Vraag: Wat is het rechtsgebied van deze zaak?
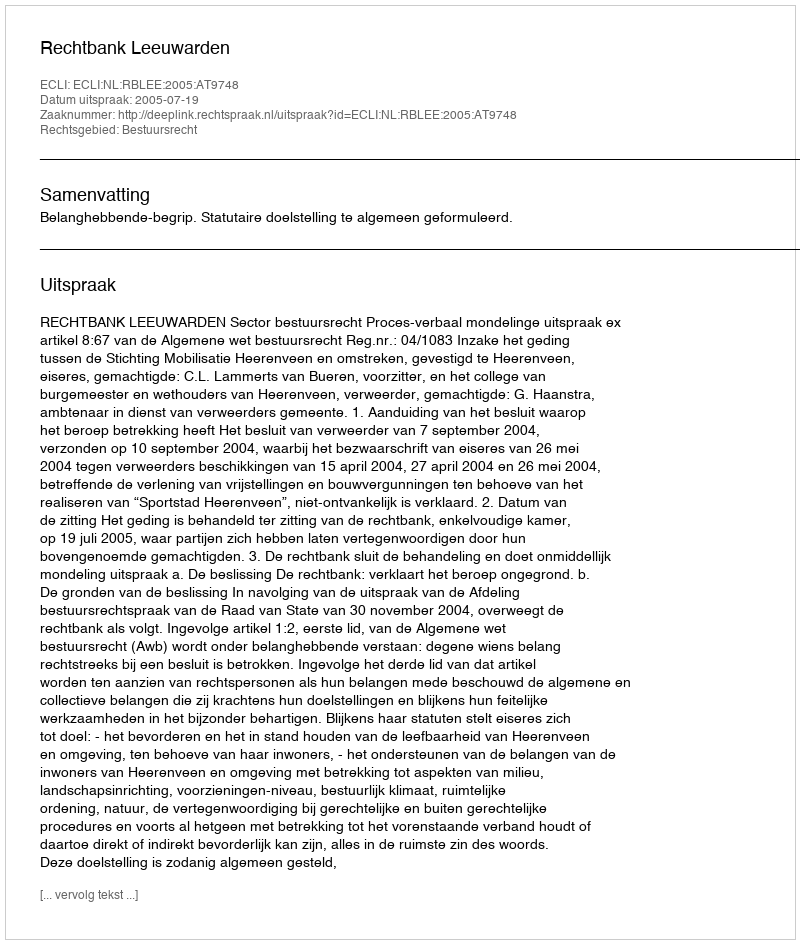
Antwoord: Bestuursrecht